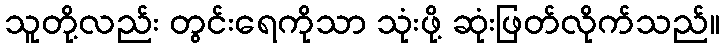
သူတို့လည်း တွင်းရေကိုသာ သုံးဖို့ ဆုံးဖြတ်လိုက်သည်။